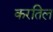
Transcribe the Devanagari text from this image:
करतिल